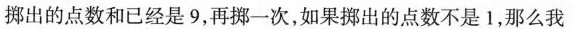
掷出的点数和已经是9，再拼一次，如果擦出的点数不是1，那么我